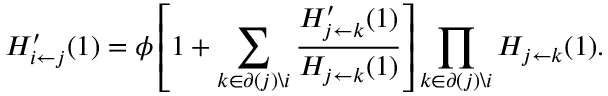
H _ { i \leftarrow j } ^ { \prime } ( 1 ) = \phi \left[ 1 + \sum _ { k \in \partial ( j ) \backslash i } \frac { H _ { j \leftarrow k } ^ { \prime } ( 1 ) } { H _ { j \leftarrow k } ( 1 ) } \right] \prod _ { k \in \partial ( j ) \backslash i } H _ { j \leftarrow k } ( 1 ) .